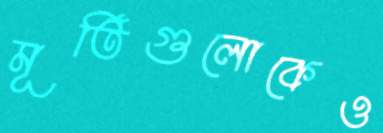
মূর্তিগুলোকেও